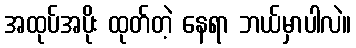
အထုပ်အပိုး ထုတ်တဲ့ နေရာ ဘယ်မှာပါလဲ။